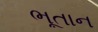
ભૂતાન